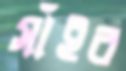
সাঁইর